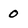
Character: 0